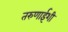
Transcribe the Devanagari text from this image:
तरुणाईशी